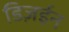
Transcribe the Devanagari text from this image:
डिज़ईन